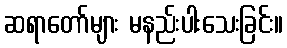
ဆရာတော်များ မနည်းပါးသေးခြင်း။